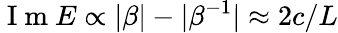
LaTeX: \mathrm{~I~m~}E\propto|\beta|-|\beta^{-1}|\approx 2c/L